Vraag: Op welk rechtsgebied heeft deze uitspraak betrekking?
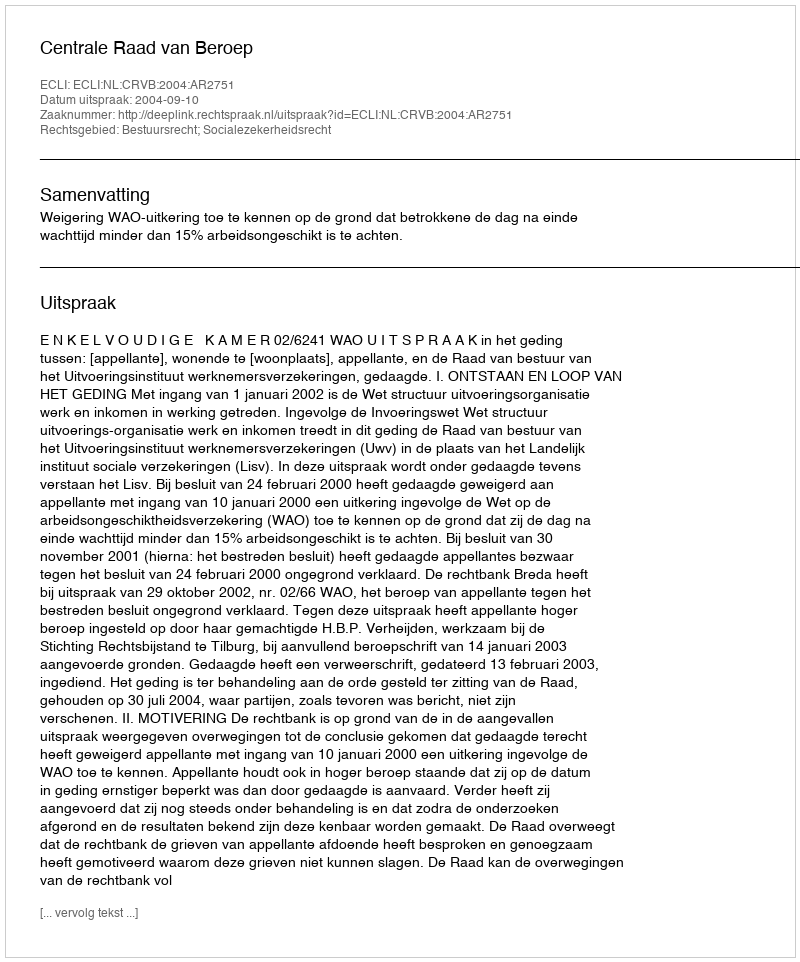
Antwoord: Bestuursrecht; Socialezekerheidsrecht